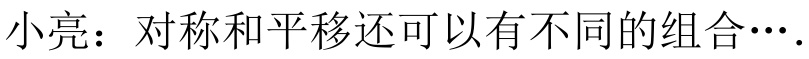
小亮：对称和平移还可以有不同的组合\(\cdots\).